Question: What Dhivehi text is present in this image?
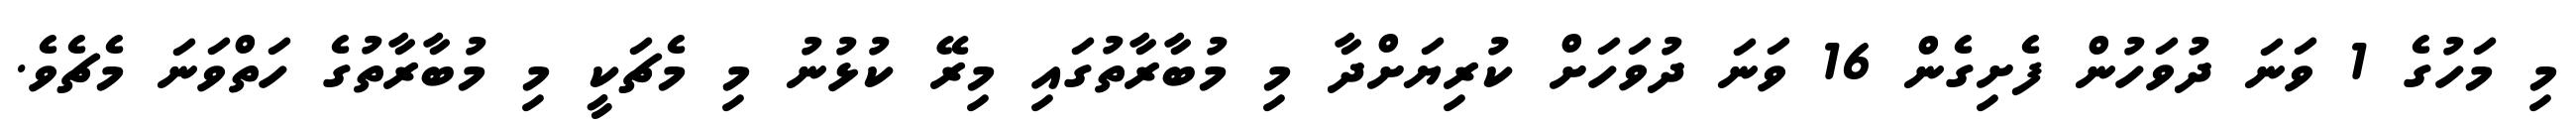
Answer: މި މަހުގެ 1 ވަނަ ދުވަހުން ފެށިގެން 16 ވަނަ ދުވަހަށް ކުރިޔަށްދާ މި މުބާރާތުގައި މިރޭ ކުޅުނު މި މެޗަކީ މި މުބާރާތުގެ ހަތްވަނަ މެޗެވެ.